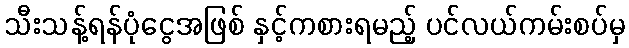
သီးသန့်ရန်ပုံငွေအဖြစ် နှင့်ကစားရမည့် ပင်လယ်ကမ်းစပ်မှ